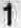
1